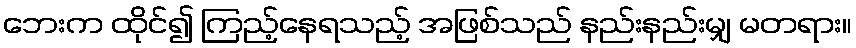
ဘေးက ထိုင်၍ ကြည့်နေရသည့် အဖြစ်သည် နည်းနည်းမျှ မတရား။